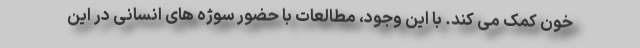
خون کمک می کند. با این وجود، مطالعات با حضور سوژه های انسانی در این